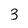
Character: 3